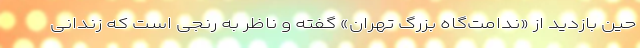
حین بازدید از «ندامت‌گاه بزرگ تهران» گفته و ناظر به رنجی است که زندانی